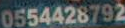
0554428792